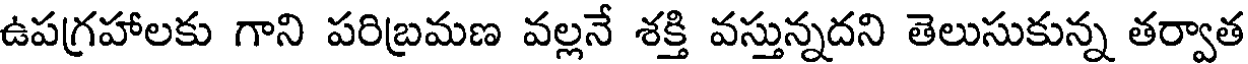
ఉపగ్రహాలకు గాని పరిబ్రమణ వల్లనే శక్తి వస్తున్నదని తెలుసుకున్న తర్వాత